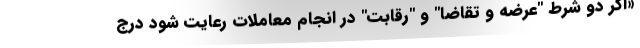
«اگر دو شرط "عرضه و تقاضا" و "رقابت" در انجام معاملات رعایت شود درج